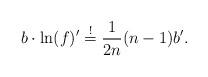
LaTeX: \begin{align*}b \cdot \ln(f)' \stackrel{!}{=} \frac{1}{2n}(n-1) b'. \end{align*}